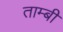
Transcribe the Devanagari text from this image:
ताम्बी